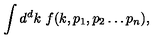
\int d ^ { d } k \ f ( k , p _ { 1 } , p _ { 2 } \ldots p _ { n } ) ,